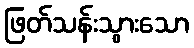
ဖြတ်သန်းသွားသော